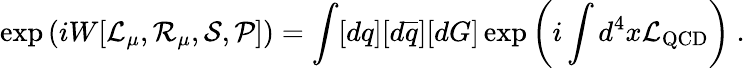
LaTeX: \exp\left(iW[{\cal L}_{\mu},{\cal R}_{\mu},{\cal S},{\cal P}]\right)=\int[dq][d\overline{{{q}}}][dG]\exp\left(i\int d^{4}x{\cal L}_{\mathrm{QCD}}\right)\ .